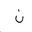
Letter: _non